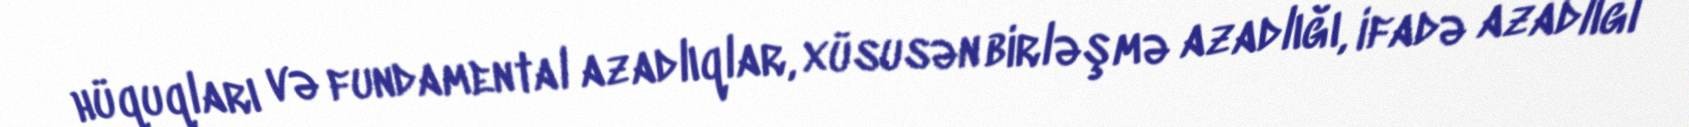
hüquqları və fundamental azadlıqlar, xüsusən birləşmə azadlığı, ifadə azadlığı